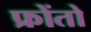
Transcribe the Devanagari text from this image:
फ्रोंतो